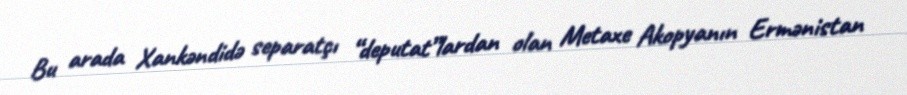
Bu arada Xankəndidə separatçı “deputat”lardan olan Metaxe Akopyanın Ermənistan